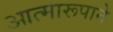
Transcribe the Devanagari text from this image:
आत्मारूपाने